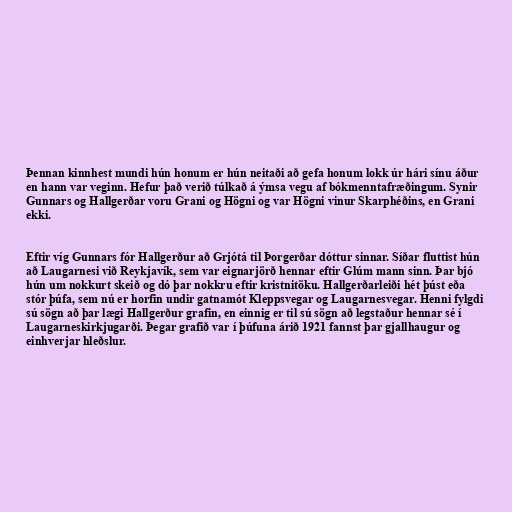
Þennan kinnhest mundi hún honum er hún neitaði að gefa honum lokk úr hári sínu áður
en hann var veginn. Hefur það verið túlkað á ýmsa vegu af bókmenntafræðingum. Synir
Gunnars og Hallgerðar voru Grani og Högni og var Högni vinur Skarphéðins, en Grani
ekki.

Eftir víg Gunnars fór Hallgerður að Grjótá til Þorgerðar dóttur sinnar. Síðar fluttist hún
að Laugarnesi við Reykjavík, sem var eignarjörð hennar eftir Glúm mann sinn. Þar bjó
hún um nokkurt skeið og dó þar nokkru eftir kristnitöku. Hallgerðarleiði hét þúst eða
stór þúfa, sem nú er horfin undir gatnamót Kleppsvegar og Laugarnesvegar. Henni fylgdi
sú sögn að þar lægi Hallgerður grafin, en einnig er til sú sögn að legstaður hennar sé í
Laugarneskirkjugarði. Þegar grafið var í þúfuna árið 1921 fannst þar gjallhaugur og
einhverjar hleðslur.